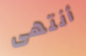
أنتهى